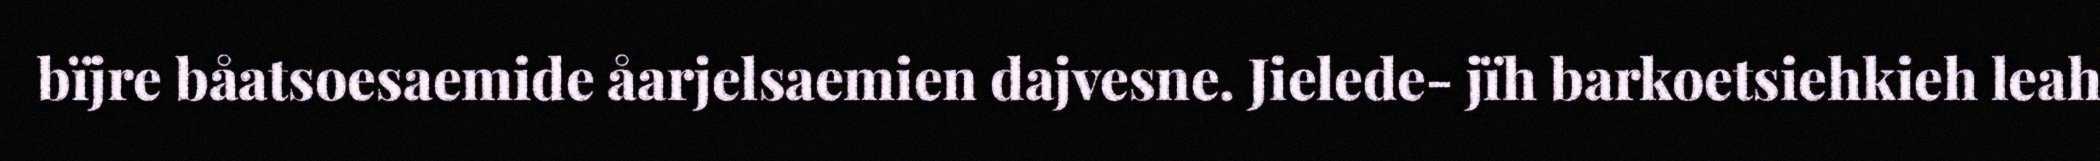
bïjre båatsoesaemide åarjelsaemien dajvesne. Jielede- jïh barkoetsiehkieh leah